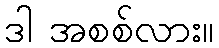
ဒါ အစစ်လား။